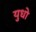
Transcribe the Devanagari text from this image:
युधो